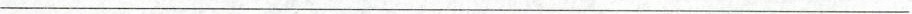
___